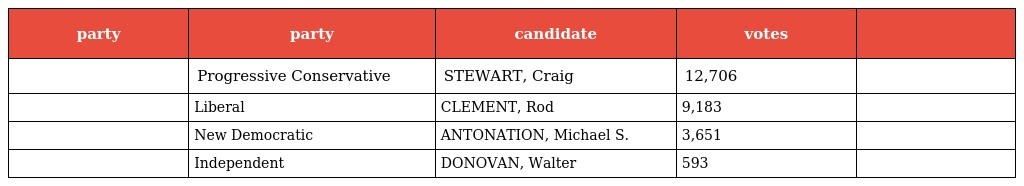
| party | party | candidate | votes |  |
 | --- | --- | --- | --- | --- |
 |  | Progressive Conservative | STEWART, Craig | 12,706 |  |
 |  | Liberal | CLEMENT, Rod | 9,183 |  |
 |  | New Democratic | ANTONATION, Michael S. | 3,651 |  |
 |  | Independent | DONOVAN, Walter | 593 |  |